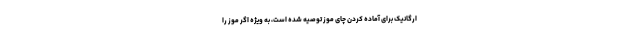
ارگانیک برای آماده کردن چای موز توصیه شده است، به ویژه اگر موز را